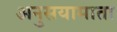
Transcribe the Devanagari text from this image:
अनुसयामाता